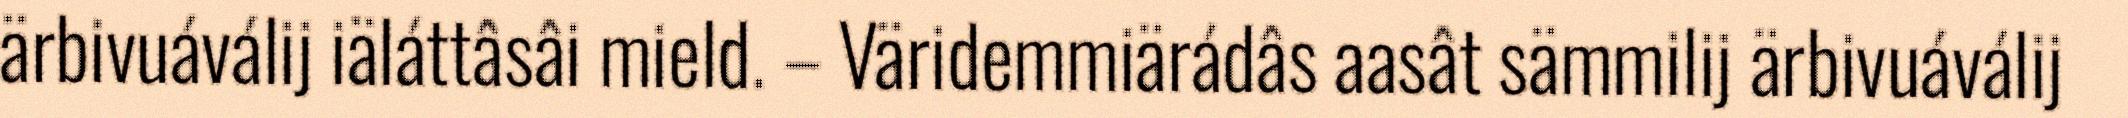
ärbivuáválij iäláttâsâi mield. – Väridemmiärádâs aasât sämmilij ärbivuáválij